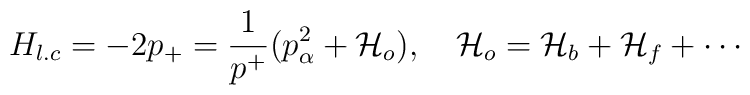
H_{l.c} = -2p_+ = {1\over p^+}\big({p_\alpha^2 + {\cal H}_{o}}\big), ~~~ {\cal H}_{o} = {\cal H}_b + {\cal H}_f + \cdots